Calcutta medical institutions reports 1879-81 [i.e.91]
Year: 1879
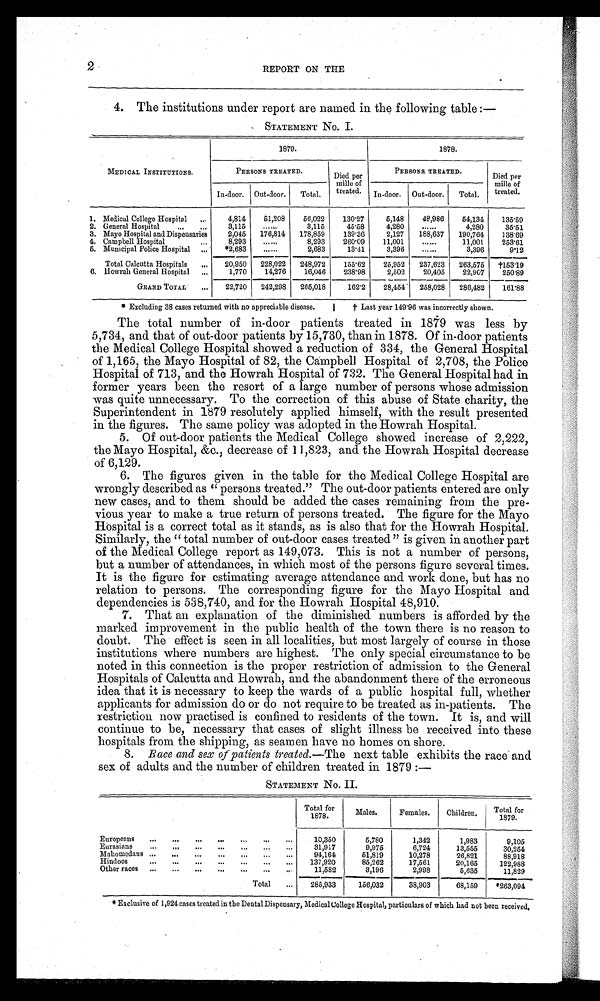
2
REPORT ON THE
4. The institutions under report are named in the following table :—
STATEMENT NO. I.
1879.
1878.
MEDICAL INSTITUTIONS.
PERSONS TREATED.
Died per
mille of
treated.
PERSONS TREATED.
Died per
mille of
treated.
In-door. Out-door. Total.
In-door. Out-door..
Total.
1. Medical College Hospital
4,814
51,208
56,022
130.27
5,148
48,986
54,134
135.59
2. General Hospital
3,115 ......
3,115
45.58
4,280
......
4,280
35.51
3. Mayo Hospital and Dispensaries
2,045 176,814 178,859
139.36
2,127
188,637 190,764
138.69
4. Campbell Hospital
8,293
......
8,293
260.09
11,001
......
11,001
253.61
5. Municipal Police Hospital
*2,683
. . . . . .
2,683
13.41
3,396
......
3,396
9.12
Total Calcutta Hospitals
20,950 228,022 248,972
155.62
25,952 237,623 263,575
† 1 5 3 . 1 9
6. Howrah General Hospital
1,770
14,276
16,046
2 3 8 . 9 8
238.98
2,502
20,405
22,907
250.89
G r a n d T o t a l
2 2 , 7 2 0 242,298 265,018
102.2
28,454 258,028 286,482
161.88
* Excluding 38 cases returned with no appreciable disease.
†Last year 149'96 was incorrectly shown.
The total number of in-door patients treated in 1879 was less by
5,734, and that of out-door patients by 15,730, than in 1878. Of in-door patients
the Medical College Hospital showed a reduction of 334, the General Hospital
of 1,165, the Mayo Hospital of 82, the Campbell Hospital of 2,708, the Police
Hospital of 713, and the Howrah Hospital of 732. The General Hospital had in
former years been the resort of a large number of persons whose admission
was quite unnecessary. To the correction of this abuse of State charity, the
Superintendent in 1879 resolutely applied himself, with the result presented
in the figures. The same policy was adopted in the Howrah Hospital.
5. Of out-door patients the Medical College showed increase of 2,222,
the Mayo Hospital, &c., decrease of 11,823, and the Howrah Hospital decrease
of 6,129.
6. The figures given in the table for the Medical College Hospital are
wrongly described as " persons treated." The out-door patients entered are only
new cases, and to them should be added the cases remaining from the pre-
vious year to make a true return of persons treated. The figure for the Mayo
Hospital is a correct total as it stands, as is also that for the Howrah Hospital.
Similarly, the " total number of out-door cases treated " is given in another part
of the Medical College report as 149,073. This is not a number of persons,
but a number of attendances, in which most of the persons figure several times.
It is the figure for estimating average attendance and work done, but has no
relation to persons. The corresponding figure for the Mayo Hospital and
dependencies is 538,740, and for the Howrah Hospital 48,910.
7. That an explanation of the diminished numbers is afforded by the
marked improvement in the public health of the town there is no reason to
doubt. The effect is seen in all localities, but most largely of course in those
institutions where numbers are highest. The only special circumstance to be
noted in this connection is the proper restriction of admission to the General
Hospitals of Calcutta and Howrah, and the abandonment there of the erroneous
idea that it is necessary to keep the wards of a public hospital full, whether
applicants for admission do or do not require to be treated as in-patients. The
restriction now practised is confined to residents of the town. It is, and will
continue to be, necessary that cases of slight illness be received into these
hospitals from the shipping, as seamen have no homes on shore.
8. Race and sex of patients treated.—The next table exhibits the race and
sex of adults and the number of children treated in 1879 :—
STATEMENT No. II
Total for
1878.
Males.
Females.
Children.
Total for
1879.
Europeans
10,350
5,780
1,342
1,983
9,105
Eurasians
31,917
9,975
6,724
13,555
30,254
Mahomedans
94,161
51,819
10,278
26,821
88,918
Hindos
137,920
85,262
17,561
20,165
122,988
Other races
11,582
3,196
2,998
5,635
11,829
Total
285,933
156,032
38,903
68,159
*263,094
* Exclusive of 1,921 cases treated in the Dental Dispensary, Medical College Hospital, particulars of which had not been received.